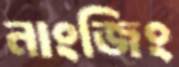
নাংজিং